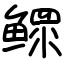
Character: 鳏